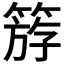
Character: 𥯞